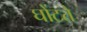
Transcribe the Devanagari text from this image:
घोंटते